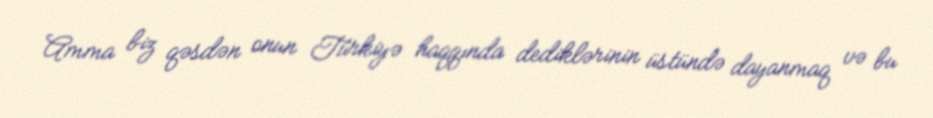
Amma biz qəsdən onun Türkiyə haqqında dediklərinin üstündə dayanmaq və bu